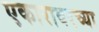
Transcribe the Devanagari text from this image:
एकारावरच्या